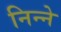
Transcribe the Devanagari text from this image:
निन्ने